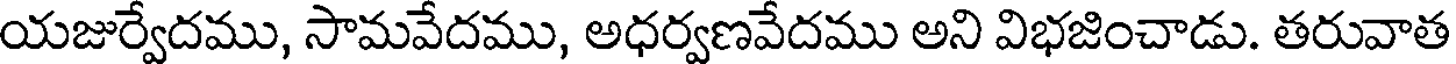
యజుర్వేదము, సామవేదము, అధర్వణవేదము అని విభజించాడు. తరువాత